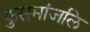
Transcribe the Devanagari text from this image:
कुसमांजलि